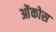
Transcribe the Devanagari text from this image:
ओंकोस